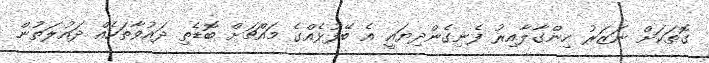
ގޮތަކަށް ނަޒަރު ހިންގާލާއިރު ފެނިގެންދިޔައީ އެ ބޭފުޅެއްގެ މައްޗަށް ބޮޑެތި ދައުވާތަކެއް ދައުލަތުން